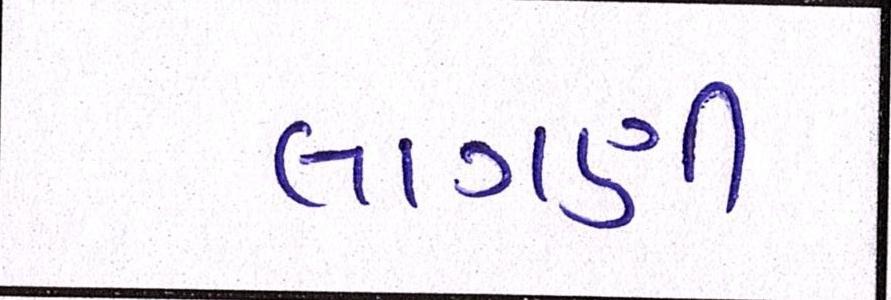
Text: લાગણી